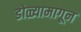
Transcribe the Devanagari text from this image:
डोळ्यामागून